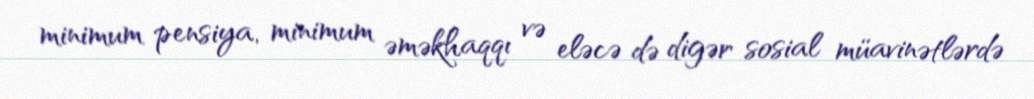
minimum pensiya, minimum əməkhaqqı və eləcə də digər sosial müavinətlərdə